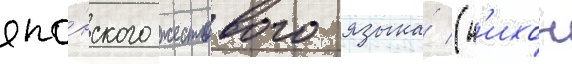
япо́нского жестового языка́ (н'ихон